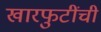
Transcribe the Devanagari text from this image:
खारफुटींची